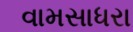
વામસાધરા